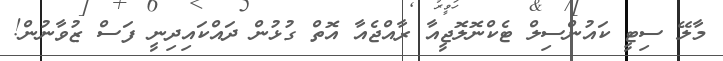
މާލޭ ސިޓީ ކައުންސިލް ޓެކްނޮލޮޖީއާ ރާއްޖެއާ އޮތް ގުޅުން ދައްކައިދިނީ ފަސް ޒުވާނުން!